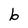
Character: b